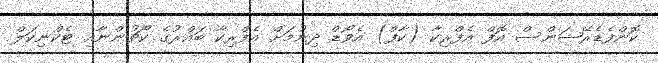
ކޮންފެޑެރޭޝަންސް އޮފް އެފްރިކާ (ކާފް) އެވޯޑް ދިނުމަށް އެފްރިކާ ބައްރުގެ ކޯޗުންނާއި ޓެކްނިކަލް